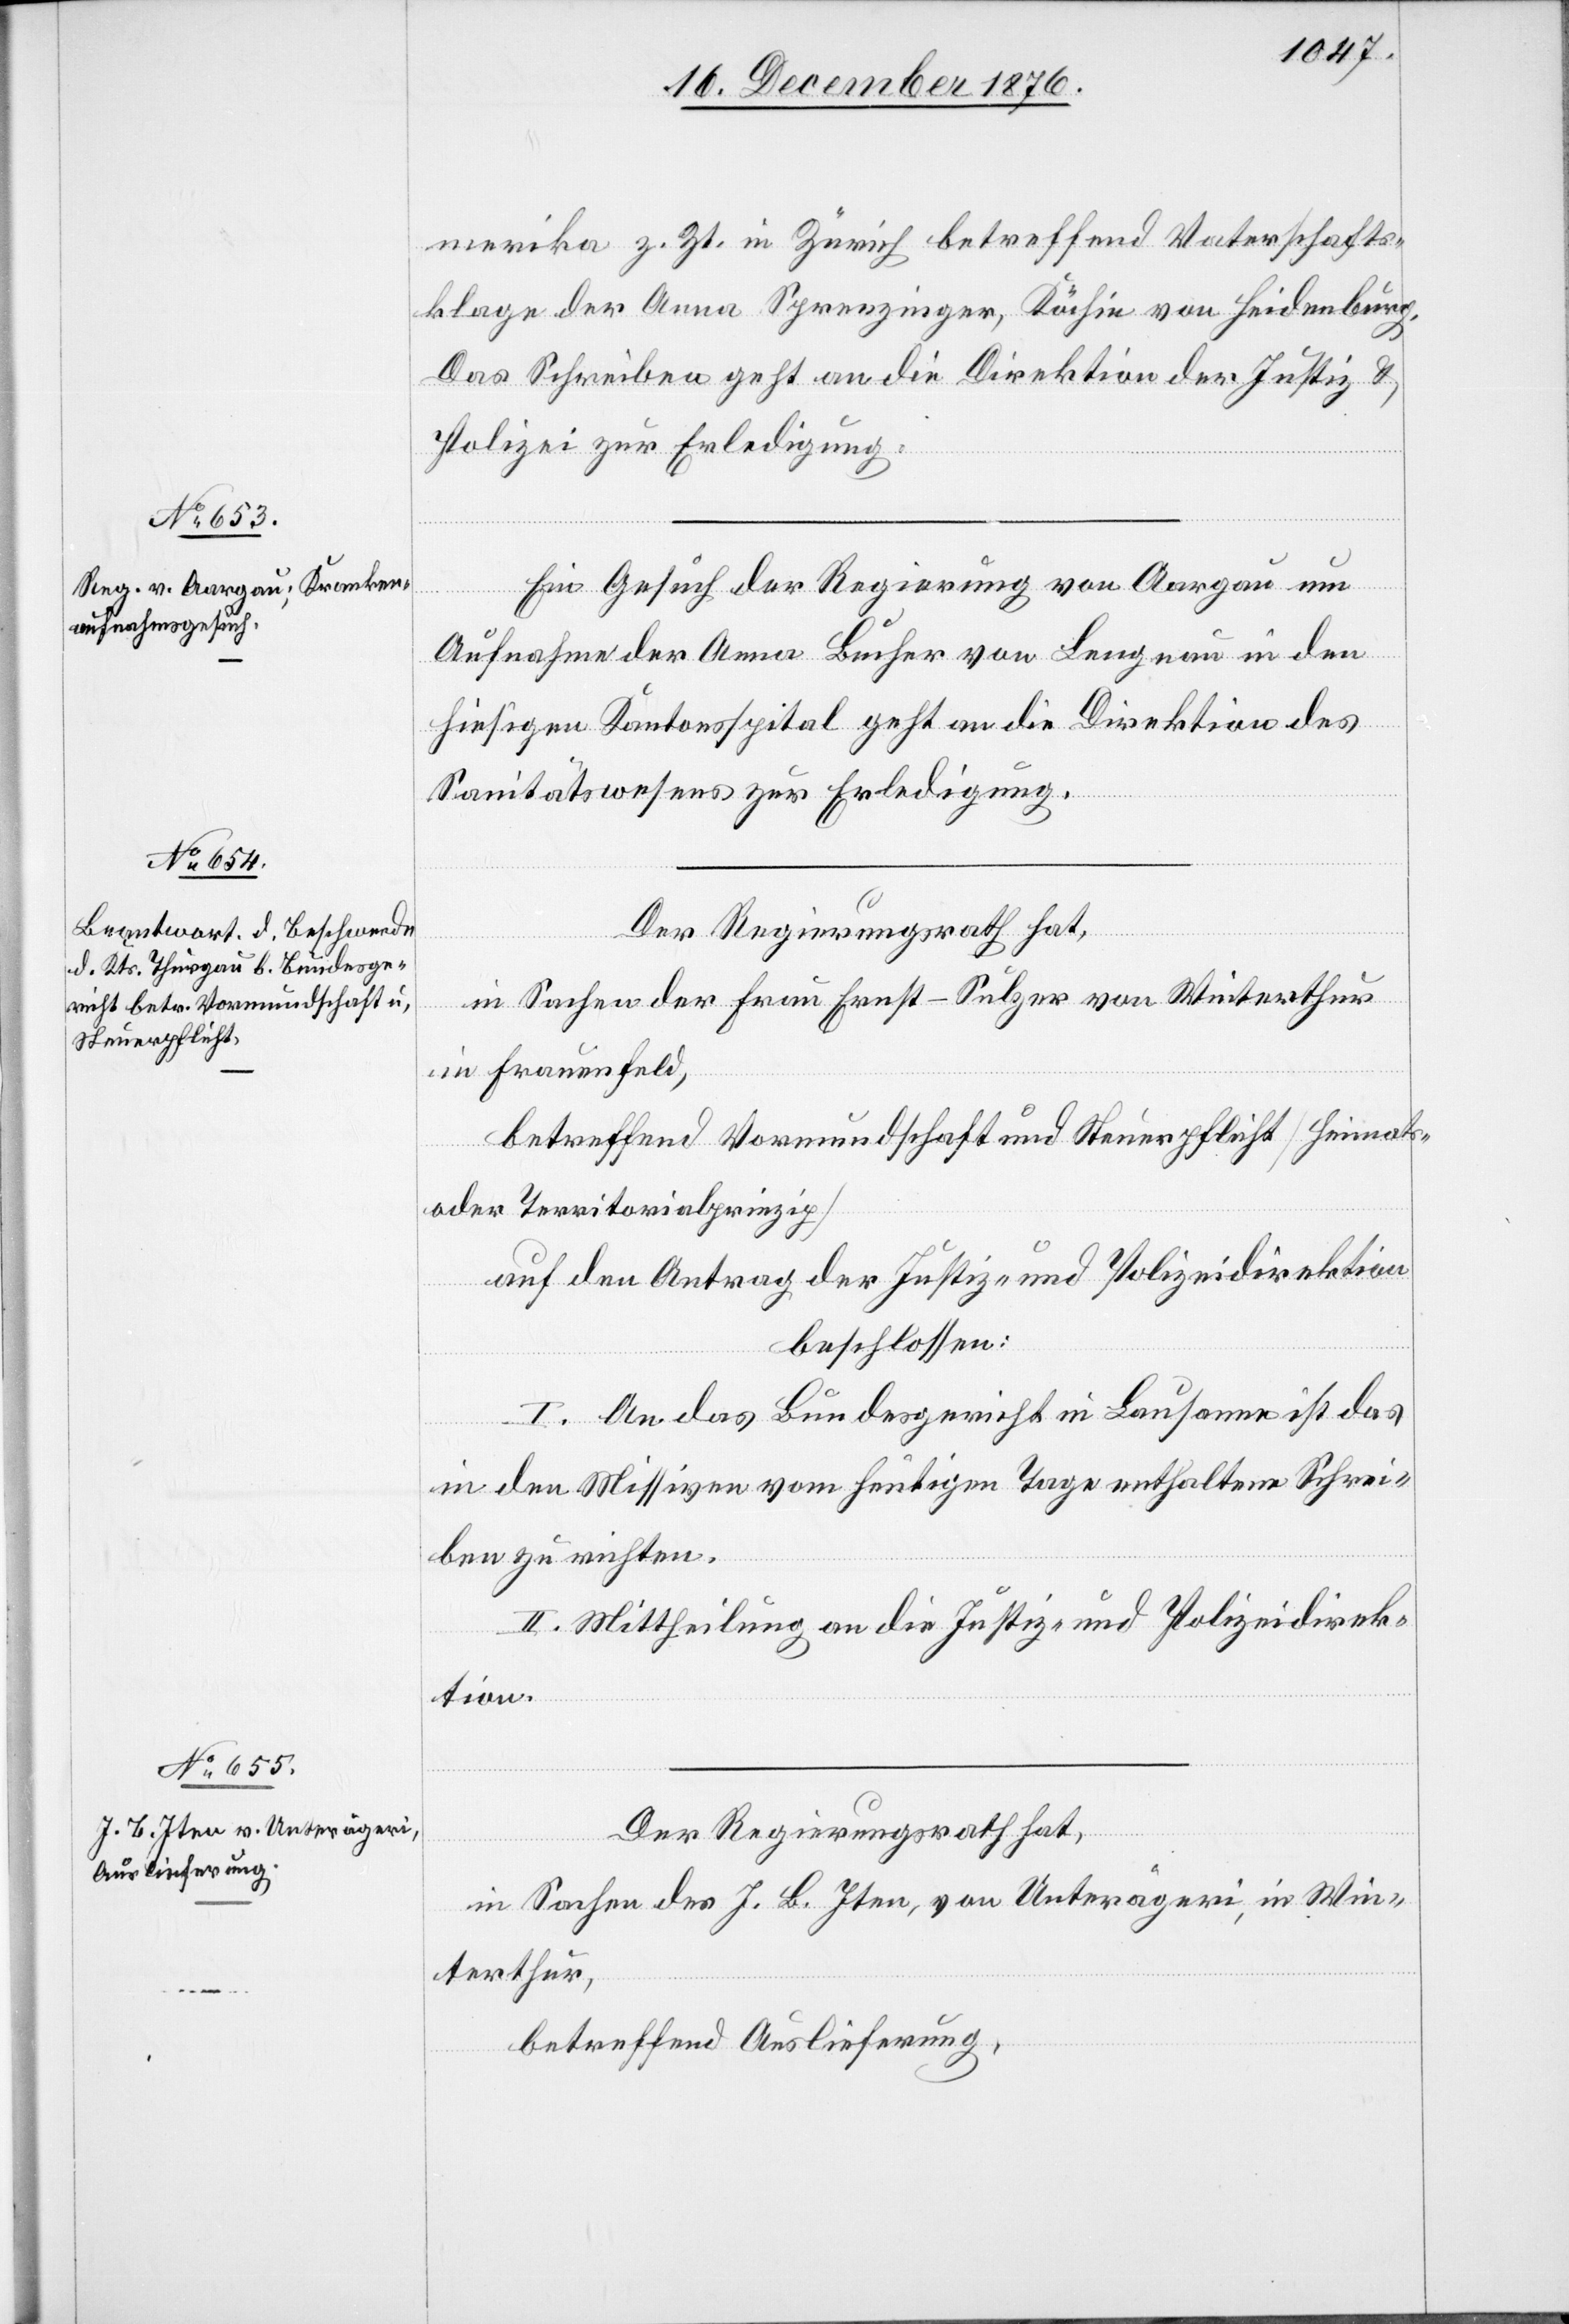
21. December 1876.]
merika z. Zt. in Zürich betreffend Vaterschafts¬
klage der Anna Sprenzinger, Köchin von Heidenburg.
Das Schreiben geht an die Direktion der Justiz &
Polizei zur Erledigung.
Ein Gesuch der Regierung von Aargau um
Aufnahme der Anna Bucher von Langnau in den
hiesigen Kantonsspital geht an die Direktion des
Sanitätswesens zur Erledigung.
Der Regierungsrath hat,
in Sachen der Frau Ernst-Sulzer von Winterthur
in Frauenfeld,
betreffend Vormundschaft und Steuerpflicht [Heimats-
oder Territorialprinzip]
auf den Antrag der Justiz- und Polizeidirektion
beschlossen:
I. An das Bundesgericht in Lausanne ist das
in den Missiven vom heutigen Tage enthaltene Schrei¬
ben zu richten.
II. Mittheilung an die Justiz- und Polizeidirek¬
tion.
Der Regierungsrath hat,
in Sachen des J. B. Iten, von Unterägeri, in Win¬
terthur,
betreffend Auslieferung,